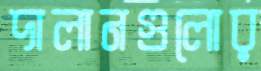
দালানগুলোর